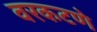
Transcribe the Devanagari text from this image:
वरकटणे